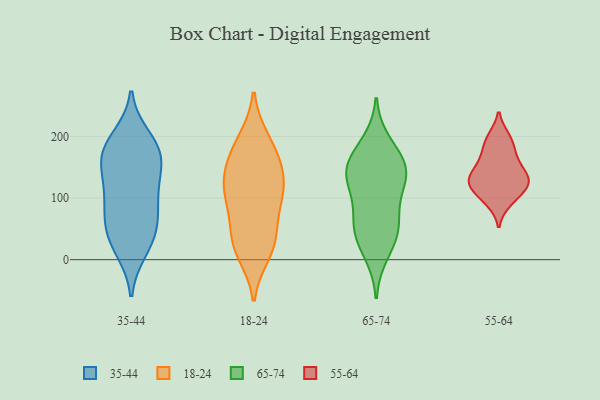
{"axis": {"x": "Humidity (%)", "y": "Value"}, "legend": ["18-24", "35-44", "55-64", "65-74"], "data": [{"x": "", "y": 110, "type": "35-44"}, {"x": "", "y": 87, "type": "35-44"}, {"x": "", "y": 17, "type": "35-44"}, {"x": "", "y": 131, "type": "35-44"}, {"x": "", "y": 63, "type": "35-44"}, {"x": "", "y": 54, "type": "35-44"}, {"x": "", "y": 181, "type": "35-44"}, {"x": "", "y": 161, "type": "35-44"}, {"x": "", "y": 197, "type": "35-44"}, {"x": "", "y": 25, "type": "35-44"}, {"x": "", "y": 183, "type": "35-44"}, {"x": "", "y": 161, "type": "35-44"}, {"x": "", "y": 43, "type": "35-44"}, {"x": "", "y": 166, "type": "35-44"}, {"x": "", "y": 101, "type": "35-44"}, {"x": "", "y": 167, "type": "18-24"}, {"x": "", "y": 20, "type": "18-24"}, {"x": "", "y": 35, "type": "18-24"}, {"x": "", "y": 97, "type": "18-24"}, {"x": "", "y": 153, "type": "18-24"}, {"x": "", "y": 10, "type": "18-24"}, {"x": "", "y": 146, "type": "18-24"}, {"x": "", "y": 61, "type": "18-24"}, {"x": "", "y": 25, "type": "18-24"}, {"x": "", "y": 121, "type": "18-24"}, {"x": "", "y": 195, "type": "18-24"}, {"x": "", "y": 119, "type": "18-24"}, {"x": "", "y": 91, "type": "18-24"}, {"x": "", "y": 115, "type": "18-24"}, {"x": "", "y": 190, "type": "18-24"}, {"x": "", "y": 40, "type": "65-74"}, {"x": "", "y": 134, "type": "65-74"}, {"x": "", "y": 147, "type": "65-74"}, {"x": "", "y": 67, "type": "65-74"}, {"x": "", "y": 57, "type": "65-74"}, {"x": "", "y": 165, "type": "65-74"}, {"x": "", "y": 99, "type": "65-74"}, {"x": "", "y": 134, "type": "65-74"}, {"x": "", "y": 190, "type": "65-74"}, {"x": "", "y": 133, "type": "65-74"}, {"x": "", "y": 10, "type": "65-74"}, {"x": "", "y": 157, "type": "65-74"}, {"x": "", "y": 42, "type": "65-74"}, {"x": "", "y": 126, "type": "55-64"}, {"x": "", "y": 166, "type": "55-64"}, {"x": "", "y": 94, "type": "55-64"}, {"x": "", "y": 121, "type": "55-64"}, {"x": "", "y": 198, "type": "55-64"}, {"x": "", "y": 130, "type": "55-64"}, {"x": "", "y": 128, "type": "55-64"}, {"x": "", "y": 160, "type": "55-64"}, {"x": "", "y": 191, "type": "55-64"}, {"x": "", "y": 104, "type": "55-64"}, {"x": "", "y": 139, "type": "55-64"}]}